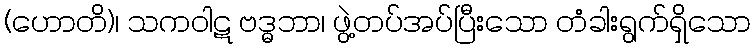
(ဟောတိ)၊ သကဝါဋ ဗဒ္ဓဘာ၊ ဖွဲ့တပ်အပ်ပြီးသော တံခါးရွက်ရှိသော